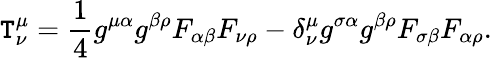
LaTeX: {\cal\mathtt{T}}_{\nu}^{\mu}=\frac{{1}}{{4}}g^{\mu\alpha}g^{\beta\rho}F_{\alpha\beta}F_{\nu\rho}-\delta_{\nu}^{\mu}g^{\sigma\alpha}g^{\beta\rho}F_{\sigma\beta}F_{\alpha\rho}.